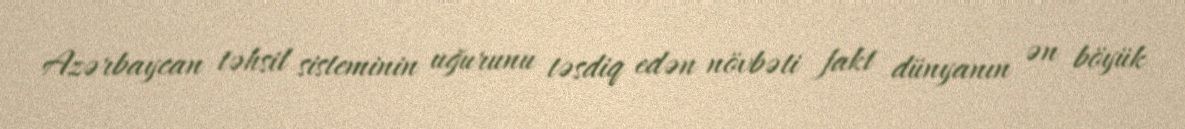
Azərbaycan təhsil sisteminin uğurunu təsdiq edən növbəti fakt dünyanın ən böyük